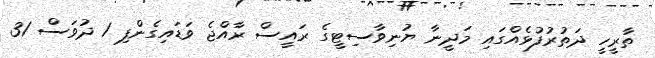
ތާރީހީ ދަތުރުފުޅެއްގައި މަދީނާ ޔުނިވާސިޓީގެ ރައީސް ރާއްޖެ ވަޑައިގެންފި 1 ދުވަސް 31